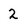
Character: 2